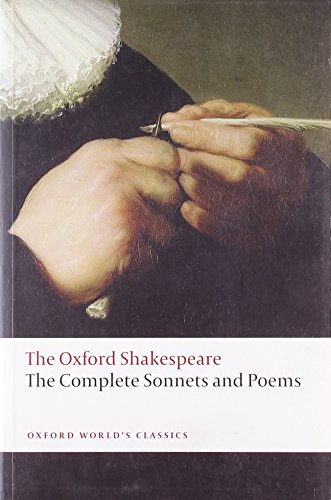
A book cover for Complete Sonnets and Poems: The Oxford Shakespeare The Complete Sonnets and Poems (Oxford World's Classics); William Shakespeare; Literature & Fiction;